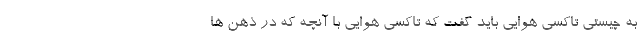
به چیستی تاکسی هوایی باید گفت که تاکسی هوایی با آنچه که در ذهن ها